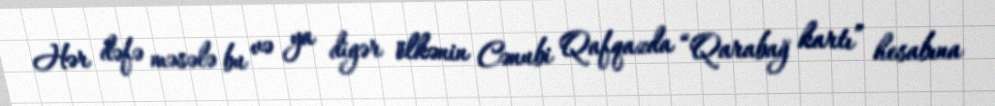
Hər dəfə məsələ bu və ya digər ölkənin Cənubi Qafqazda “Qarabağ kartı” hesabına